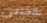
يمكنني